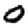
Digit: 0